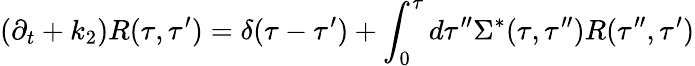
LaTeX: {}(\partial_{t}+k_{2})R(\tau,\tau^{\prime})=\delta(\tau-\tau^{\prime})+\int_{0}^{\tau}d\tau^{\prime\prime}\Sigma^{*}(\tau,\tau^{\prime\prime})R(\tau^{\prime\prime},\tau^{\prime})